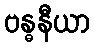
ဗန္ဓနီယာ